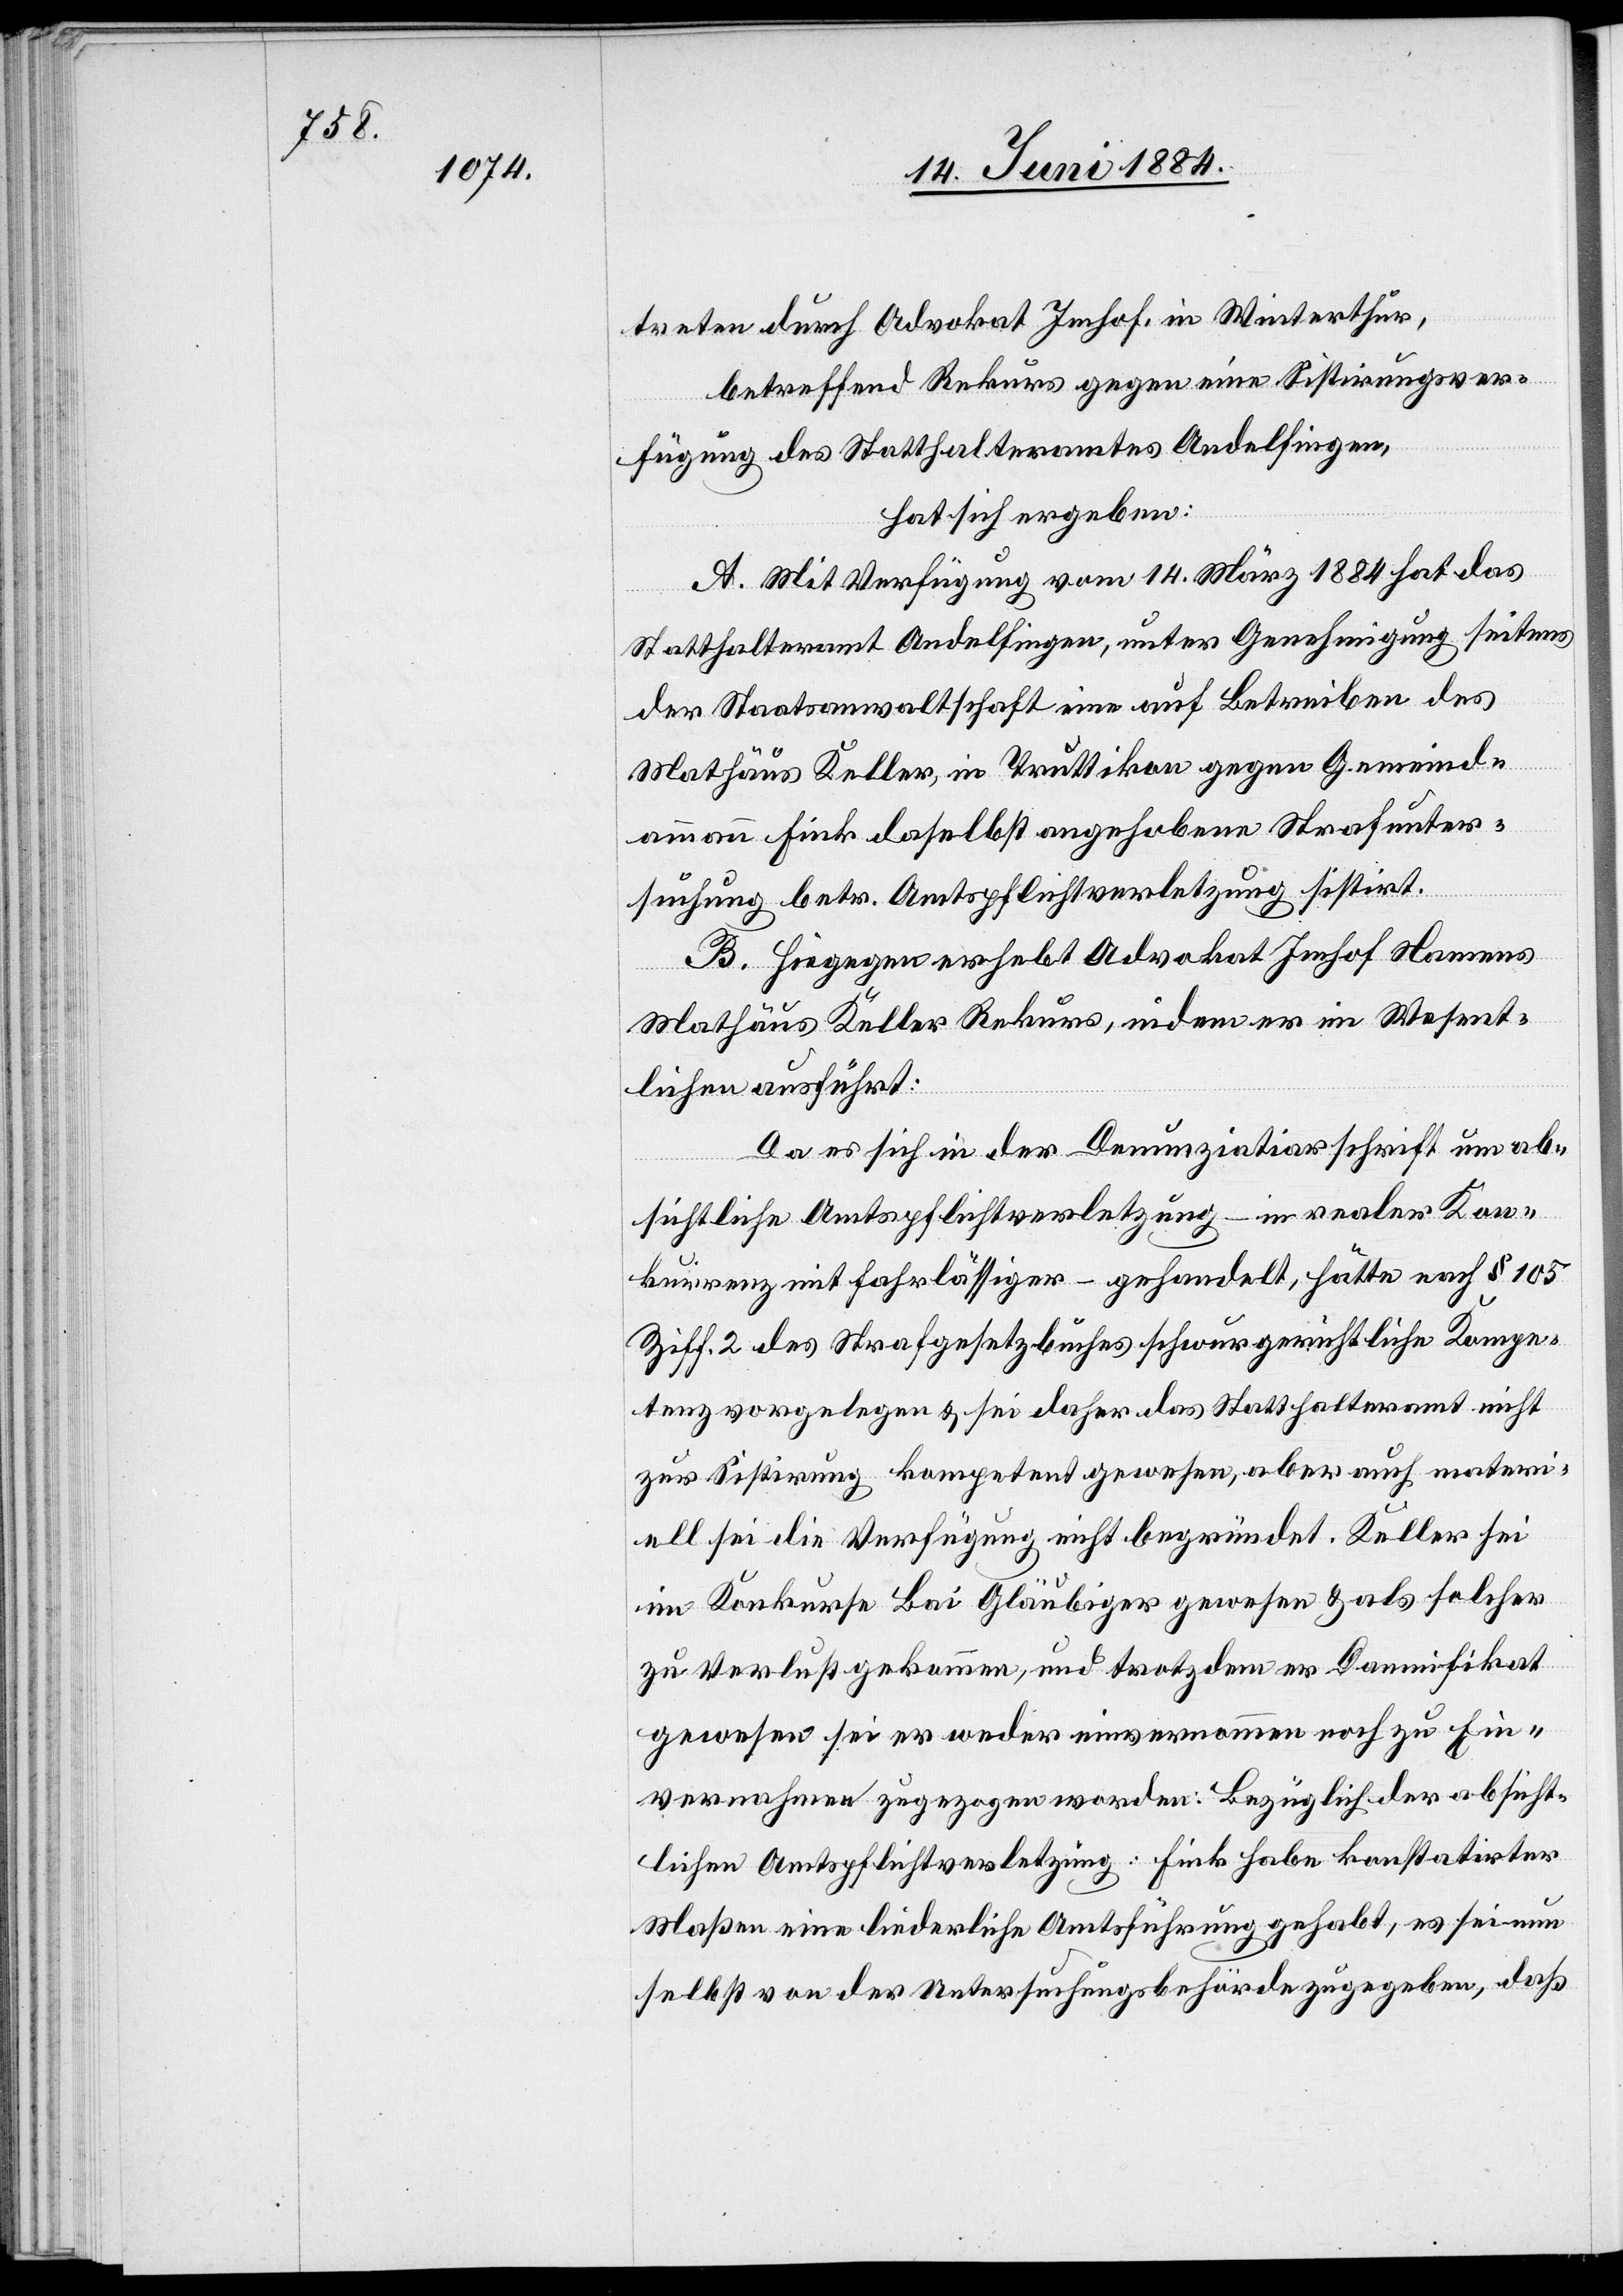
ab¬
treten durch Advokat Imhof, in Winterthur,
betreffend Rekurs gegen eine Sistirungsver¬
um
fügung des Statthalteramtes Andelfingen,
hat sich ergeben:
A. Mit Verfügung vom 14. März 1884 hat das
ic!]
Statthalteramt Andelfingen, unter Genehmigung seitens
der Staatsanwaltschaft eine auf Betreiben des
Mathäus Keller, in Truttikon gegen Gemeind¬
ammann Fink daselbst angehobene Strafunter¬
suchung betr. Amtspflichtverletzung sistirt.
B. Hiegegen erhebt Advokat Imhof Namens
Mathäus Keller Rekurs, indem er im Wesent¬
lichen ausführt:
Da es sich in der Denunziatarschrift [s¬
sichtliche Amtspflichtverletzung – in realer Kon¬
kurrenz mit fahrlässiger – gehandelt, hätte nach § 105
Ziff. 2 des Strafgesetzbuches schwurgerichtliche Kompe¬
tenz vorgelegen & sei daher das Statthalteramt nicht
zur Sistirung kompetent gewesen, aber auch materi¬
ell sei die Verfügung nicht begründet. Keller sei
im Konkurse Lai Gläubiger gewesen & als solcher
zu Verlust gekommen, und trotzdem er Damnifikat
gewesen sei er weder einvernommen noch zu Ein¬
vernahmen zugezogen worden. Bezüglich der absicht¬
lichen Amtspflichtverletzung: Fink habe konstatirter
Maßen eine liederliche Amtsführung gehabt, es sei nun
selbst von der Untersuchungsbehörde zugegeben, daß